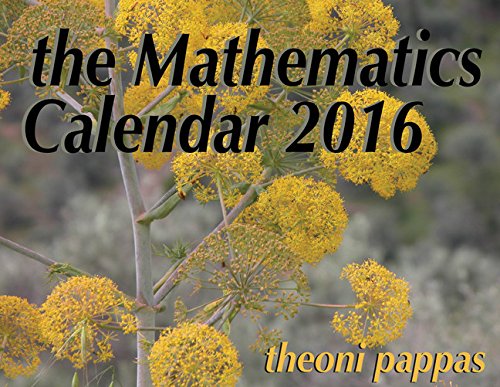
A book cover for The Mathematics Calendar 2016; Theoni Pappas; Humor & Entertainment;